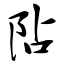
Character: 阽